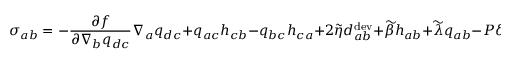
{ \sigma } _ { a b } = - \frac { \partial f } { \partial \nabla _ { b } q _ { d c } } \nabla _ { a } q _ { d c } + q _ { a c } h _ { c b } - q _ { b c } h _ { c a } + 2 \widetilde { \eta } { d } _ { a b } ^ { \mathrm { d e v } } + \widetilde { \beta } h _ { a b } + \widetilde { \lambda } { q } _ { a b } - P \delta _ { a b } ,